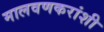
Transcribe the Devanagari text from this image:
मालवणकरांशी